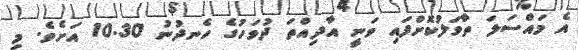
އެ މައްސަލަ ތާވަލުކޮށްފައި ވަނީ އާދިއްތަ ދުވަހުގެ ހެނދުނު 10.30 އަށެވެ. މި